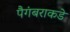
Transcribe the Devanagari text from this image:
पैगंबराकडे